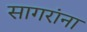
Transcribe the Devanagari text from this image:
सागरांना